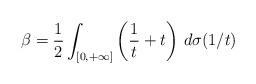
LaTeX: \begin{align*}\beta=\frac{1}{2}\int_{[0,+\infty]}\left(\frac{1}{t}+t\right)\,d\sigma(1/t)\end{align*}